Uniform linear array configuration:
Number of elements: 4
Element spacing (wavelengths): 0.5
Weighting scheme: hann
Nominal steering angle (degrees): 60
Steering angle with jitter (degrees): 61.284
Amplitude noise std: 0.05
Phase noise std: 0.05

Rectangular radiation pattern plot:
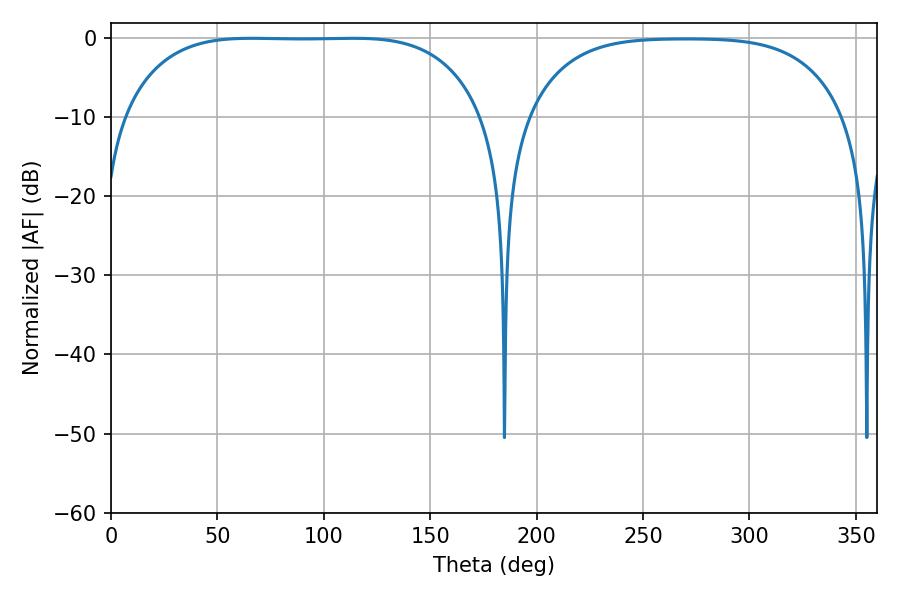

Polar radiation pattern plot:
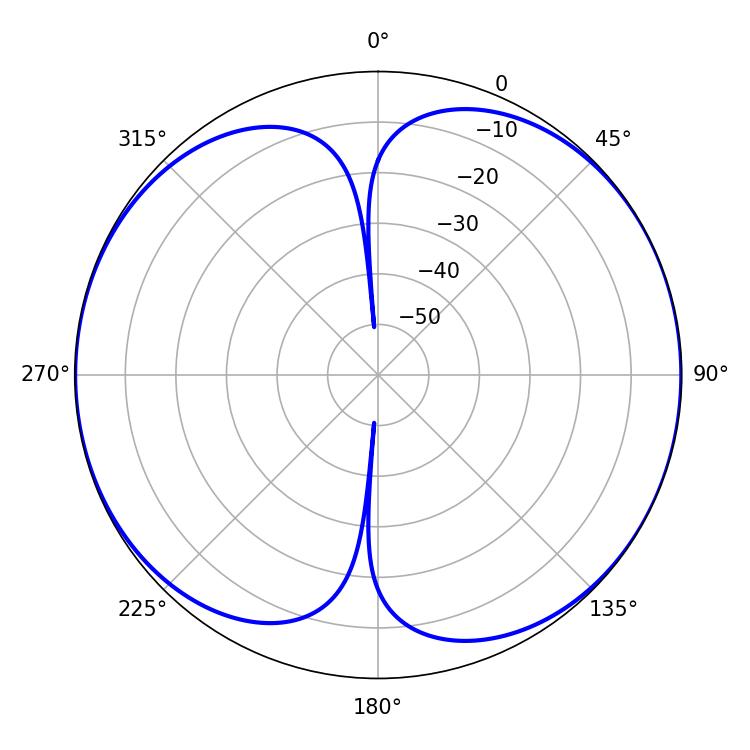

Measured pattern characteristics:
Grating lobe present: FALSE
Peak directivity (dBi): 9.268
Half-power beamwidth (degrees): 130.68
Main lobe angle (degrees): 66.24